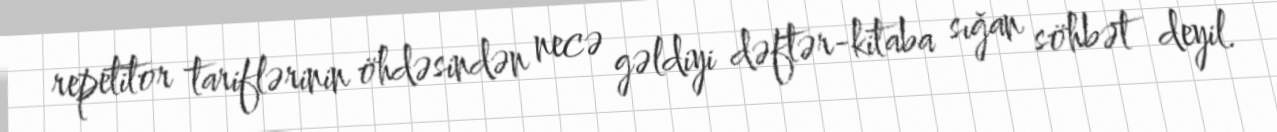
repetitor tariflərinin öhdəsindən necə gəldiyi dəftər-kitaba sığan söhbət deyil.